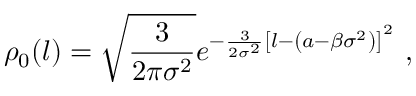
\rho _ { 0 } ( l ) = \sqrt { \frac { 3 } { 2 \pi \sigma ^ { 2 } } } e ^ { - \frac { 3 } { 2 \sigma ^ { 2 } } \left[ l - \left( a - \beta \sigma ^ { 2 } \right) \right] ^ { 2 } } \ ,